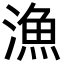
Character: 漁